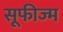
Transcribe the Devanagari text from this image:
सूफीज्म